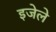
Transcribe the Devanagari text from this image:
इजेले